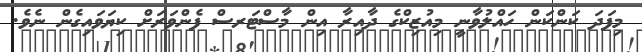
މިފަދަ ކަންކަން ހައްލުވާނީ މިއުޒިކްގެ ދާއިރާ އިން މާސްޓަރސް ފެންވަރަށް ކިޔަވައިގެން ނެވެ.